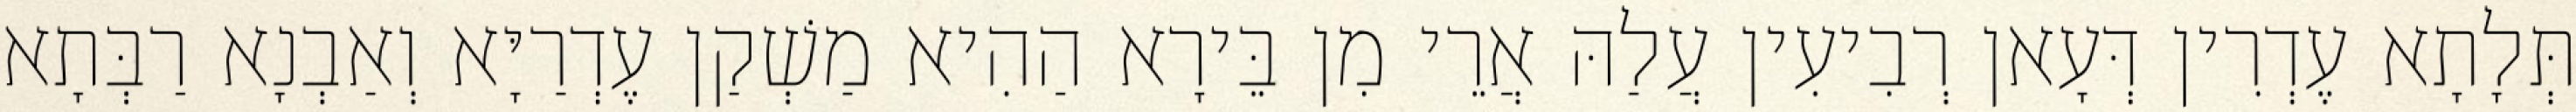
תְּלָתָא עֶדְרִין דְּעָאן רְבִיעִין עֲלַהּ אֲרֵי מִן בֵּירָא הַהִיא מַשְׁקַן עֶדְרַיָּא וְאַבְנָא רַבְּתָא